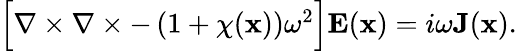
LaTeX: \begin{array}{r}{\Big[\nabla\times\nabla\times-\left(1+\chi(\textbf{x})\right)\omega^{2}\Big]\textbf{E}(\textbf{x})=i\omega\textbf{J}(\textbf{x}).}\end{array}